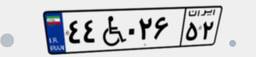
۴۴W۰۲۶۵۲